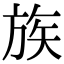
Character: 族